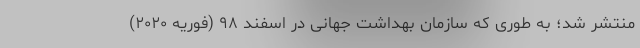
منتشر شد؛ به طوری که سازمان بهداشت جهانی در اسفند ۹۸ (فوریه ۲۰۲۰)